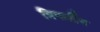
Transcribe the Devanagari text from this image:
त्रिपार्टीय